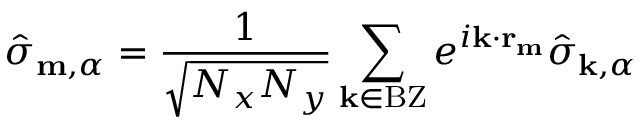
\hat { \sigma } _ { \mathbf { m } , \alpha } = \frac { 1 } { \sqrt { N _ { x } N _ { y } } } \sum _ { \mathbf { k } \in \mathrm { B Z } } e ^ { i \mathbf { k } \cdot \mathbf { r } _ { \mathbf { m } } } \hat { \sigma } _ { \mathbf { k } , \alpha }